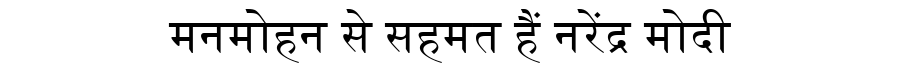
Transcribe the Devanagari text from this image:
मनमोहन से सहमत हैं नरेंद्र मोदी